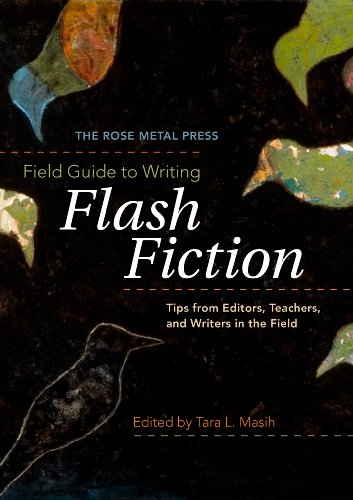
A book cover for The Rose Metal Press Field Guide to Writing Flash Fiction: Tips from Editors, Teachers, and Writers in the Field; Tara L. Masih; Literature & Fiction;